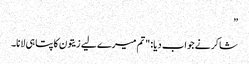
”
شاکر نے جواب دیا: "تم میرے لیے زیتون کا پتا ہی لانا۔